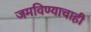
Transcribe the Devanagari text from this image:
जमविण्याचाही